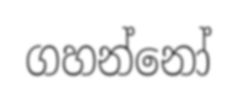
ගහන්නෝ